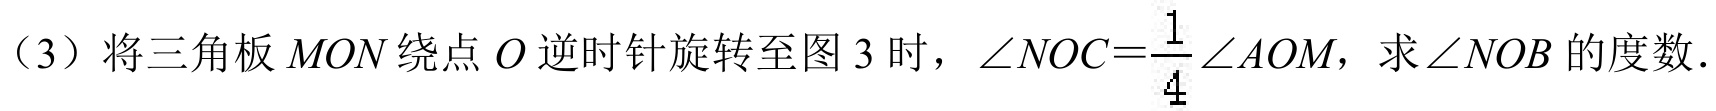
（3）将三角板$MON$绕点$O$逆时针旋转至图 3 时，$\angle NOC = \frac{1}{4}\angle AOM$，求$\angle NOB$的度数.